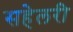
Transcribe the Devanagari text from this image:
सहेलरी